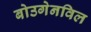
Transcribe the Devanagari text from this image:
बोउगेनविल